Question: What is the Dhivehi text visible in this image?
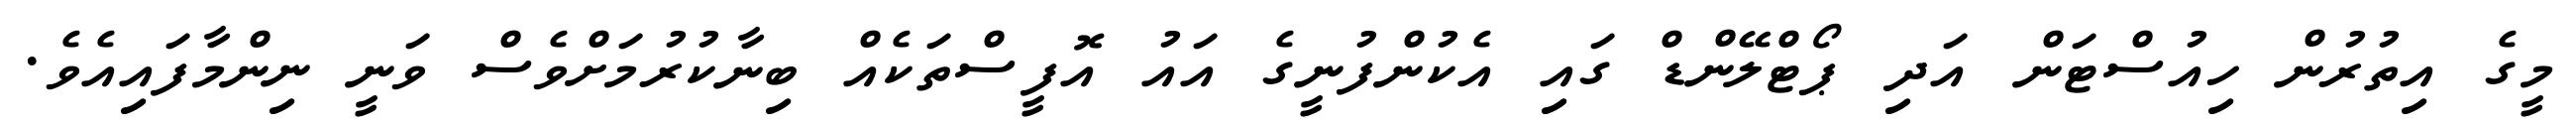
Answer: މީގެ އިތުރުން ހިއުސްޓަން އަދި ޕޯޓްލޭންޑް ގައި އެކުންފުނީގެ އައު އޮފީސްތަކެއް ބިނާކުރުމަށްވެސް ވަނީ ނިންމާފައިއެވެ.